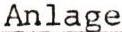
Anlage